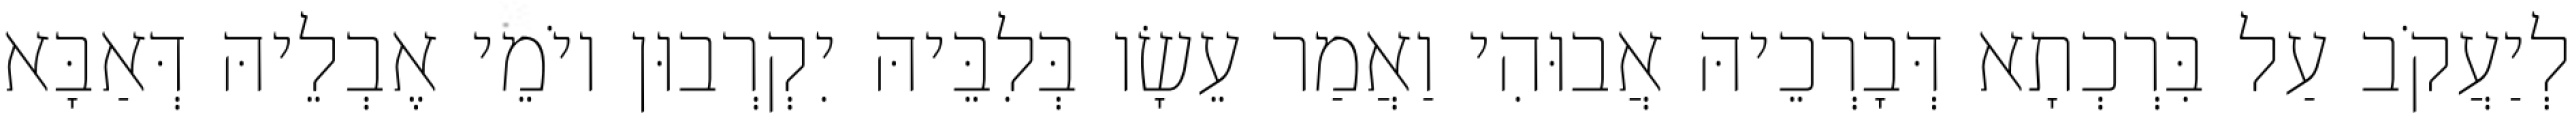
לְיַעֲקֹב עַל בִּרְכְתָא דְּבָרְכֵיהּ אֲבוּהִי וַאֲמַר עֵשָׂו בְּלִבֵּיהּ יִקְרְבוּן יוֹמֵי אֶבְלֵיהּ דְּאַבָּא